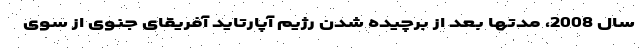
سال 2008، مدتها بعد از برچیده شدن رژیم آپارتاید آفریقای جنوی از سوی